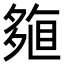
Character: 𡖽